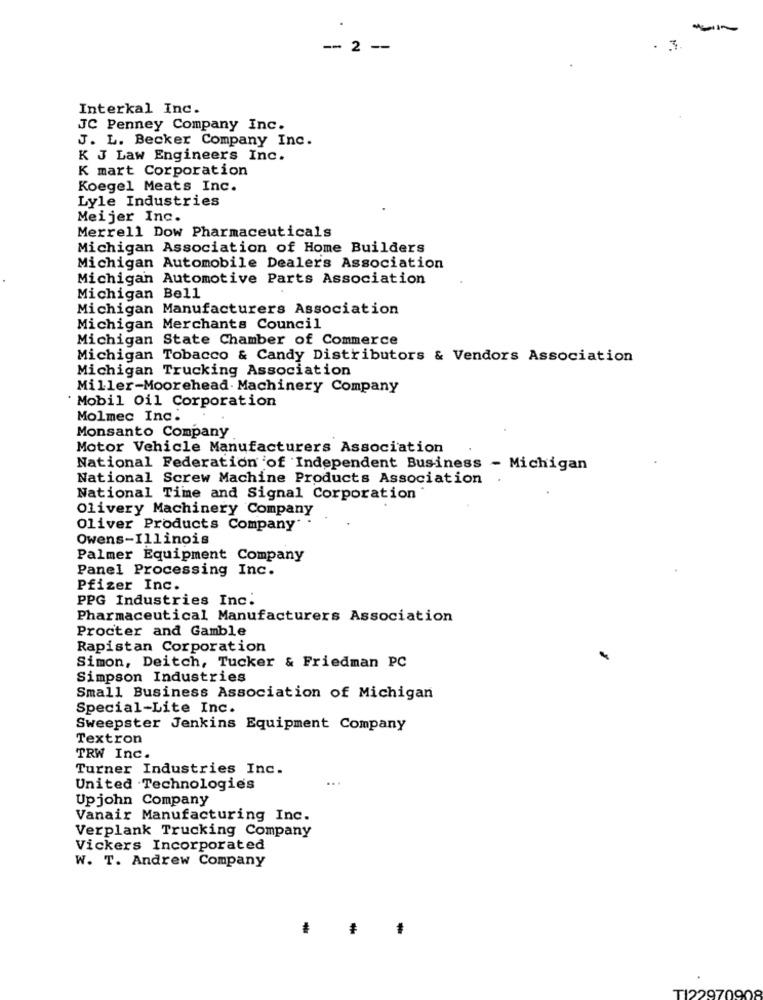
-- 2 --
.3.
Interkal Inc.
JC Penney Company Inc.
J. L. Becker Company Inc.
K J Law Engineers Inc.
K mart Corporation
Koegel Meats Inc.
Lyle Industries
Meijer Inc.
Merrell Dow Pharmaceuticals
Michigan Association of Home Builders
Michigan Automobile Dealers Association
Michigan Automotive Parts Association
Michigan Bell
Michigan Manufacturers Association
Michigan Merchants Council
Michigan State Chamber of Commerce
Michigan Tobacco & Candy Distributors & Vendors Association
Michigan Trucking Association
Miller-Moorehead. Machinery Company
' Mobil Oil Corporation
Molmec Inc.
Monsanto Company
Motor Vehicle Manufacturers Association
National Federation of Independent Business - Michigan
National Screw Machine Products Association
National Time and Signal Corporation
Olivery Machinery Company
Oliver Products Company
Owens-Illinois
Palmer Equipment Company
Panel Processing Inc.
Pfizer Inc.
PPG Industries Inc.
Pharmaceutical Manufacturers Association
Procter and Gamble
Rapistan Corporation
Simon, Deitch, Tucker & Friedman PC
Simpson Industries
Small Business Association of Michigan
Special-Lite Inc.
Sweepster Jenkins Equipment Company
Textron
TRW Inc.
Turner Industries Inc.
United Technologies
Up john Company
Vanair Manufacturing Inc.
Verplank Trucking Company
Vickers Incorporated
W. T. Andrew Company
TI2297